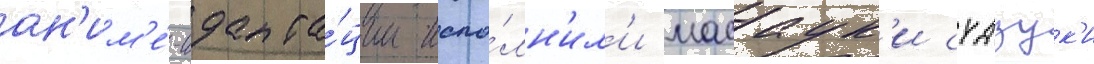
ан'им'е́-адапта́ции испо́лн'ил'и масаук'и судзук'и